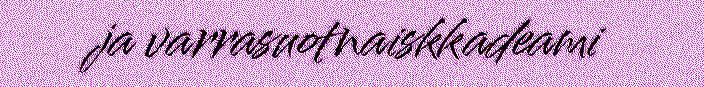
ja varrasuotnaiskkadeami